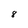
Character: 8